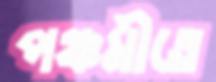
পঞ্চমীতে